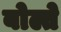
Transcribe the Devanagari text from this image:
बोल्ते